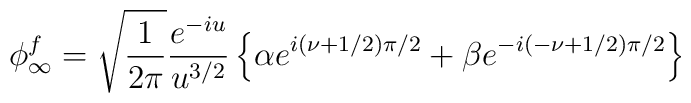
\phi_\infty^f = \sqrt{ 1 \over 2 \pi}  { e^{-i u} \over u^{3/2} } \left \{  \alpha e^{i(\nu +1/2)\pi/2} + \beta e^{-i(-\nu +1/2)\pi/2}\right \}